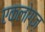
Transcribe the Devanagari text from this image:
एक्लोग्ज़